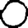
Digit: 0